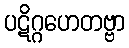
ပဋိဂ္ဂဟေတဗ္ဗာ